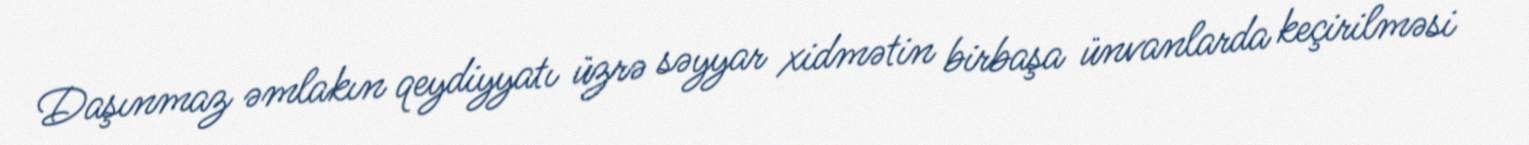
Daşınmaz əmlakın qeydiyyatı üzrə səyyar xidmətin birbaşa ünvanlarda keçirilməsi